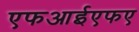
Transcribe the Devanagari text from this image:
एफआईएफए